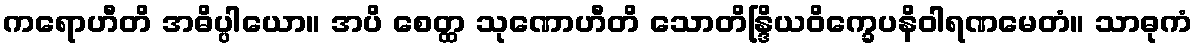
ကရောဟီတိ အဓိပ္ပါယော။ အပိ စေတ္ထ သုဏောဟီတိ သောတိန္ဒြိယဝိက္ခေပနိဝါရဏမေတံ။ သာဓုကံ